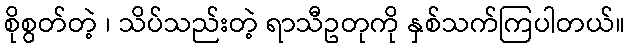
စိုစွတ်တဲ့ ၊ သိပ်သည်းတဲ့ ရာသီဥတုကို နှစ်သက်ကြပါတယ်။